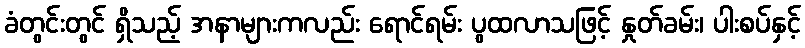
ခံတွင်းတွင် ရှိသည့် အနာများကလည်း ရောင်ရမ်း ပွထလာသဖြင့် နှုတ်ခမ်း၊ ပါးစပ်နှင့်